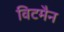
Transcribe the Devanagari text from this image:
विटमैन